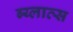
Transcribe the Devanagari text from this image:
ब्य्लाव्स